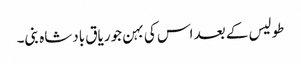
طولیس کے بعد اس کی بہن جوریاق بادشاہ بنی۔